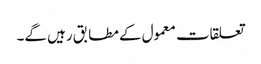
تعلقات معمول کے مطابق رہیں گے۔